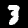
Digit: 3